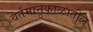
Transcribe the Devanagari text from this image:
वर्तमानकाळातील